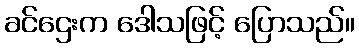
ခင်ဌေးက ဒေါသဖြင့် ပြောသည်။